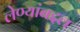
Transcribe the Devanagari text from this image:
लेण्यांबद्दल